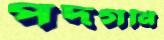
পদগর্নি